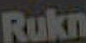
Rukn